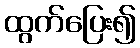
ထွက်ပြေး၍